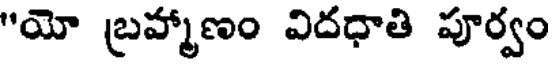
"యో బ్రహ్మాణం విదధాతి పూర్వం